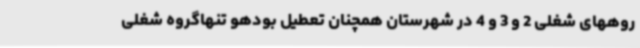
روههای شغلی 2 و 3 و 4 در شهرستان همچنان تعطیل بودهو تنهاگروه شغلی